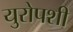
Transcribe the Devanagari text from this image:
युरोपशी